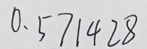
0 . 5 7 1 4 2 8